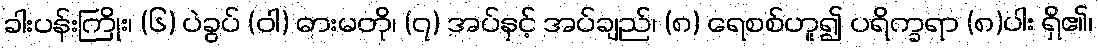
ခါးပန်းကြိုး၊ (၆) ပဲခွပ် (ဝါ) ဓားမတို၊ (၇) အပ်နှင့် အပ်ချည်၊ (၈) ရေစစ်ဟူ၍ ပရိက္ခရာ (၈)ပါး ရှိ၏၊